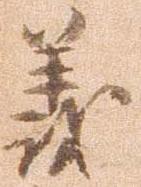
義